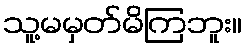
သူ့မမှတ်မိကြဘူး။